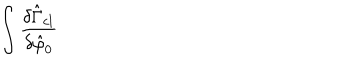
LaTeX: \int \frac { \delta \hat { \Gamma } _ { c l } } { \delta \hat { \varphi } _ { 0 } }